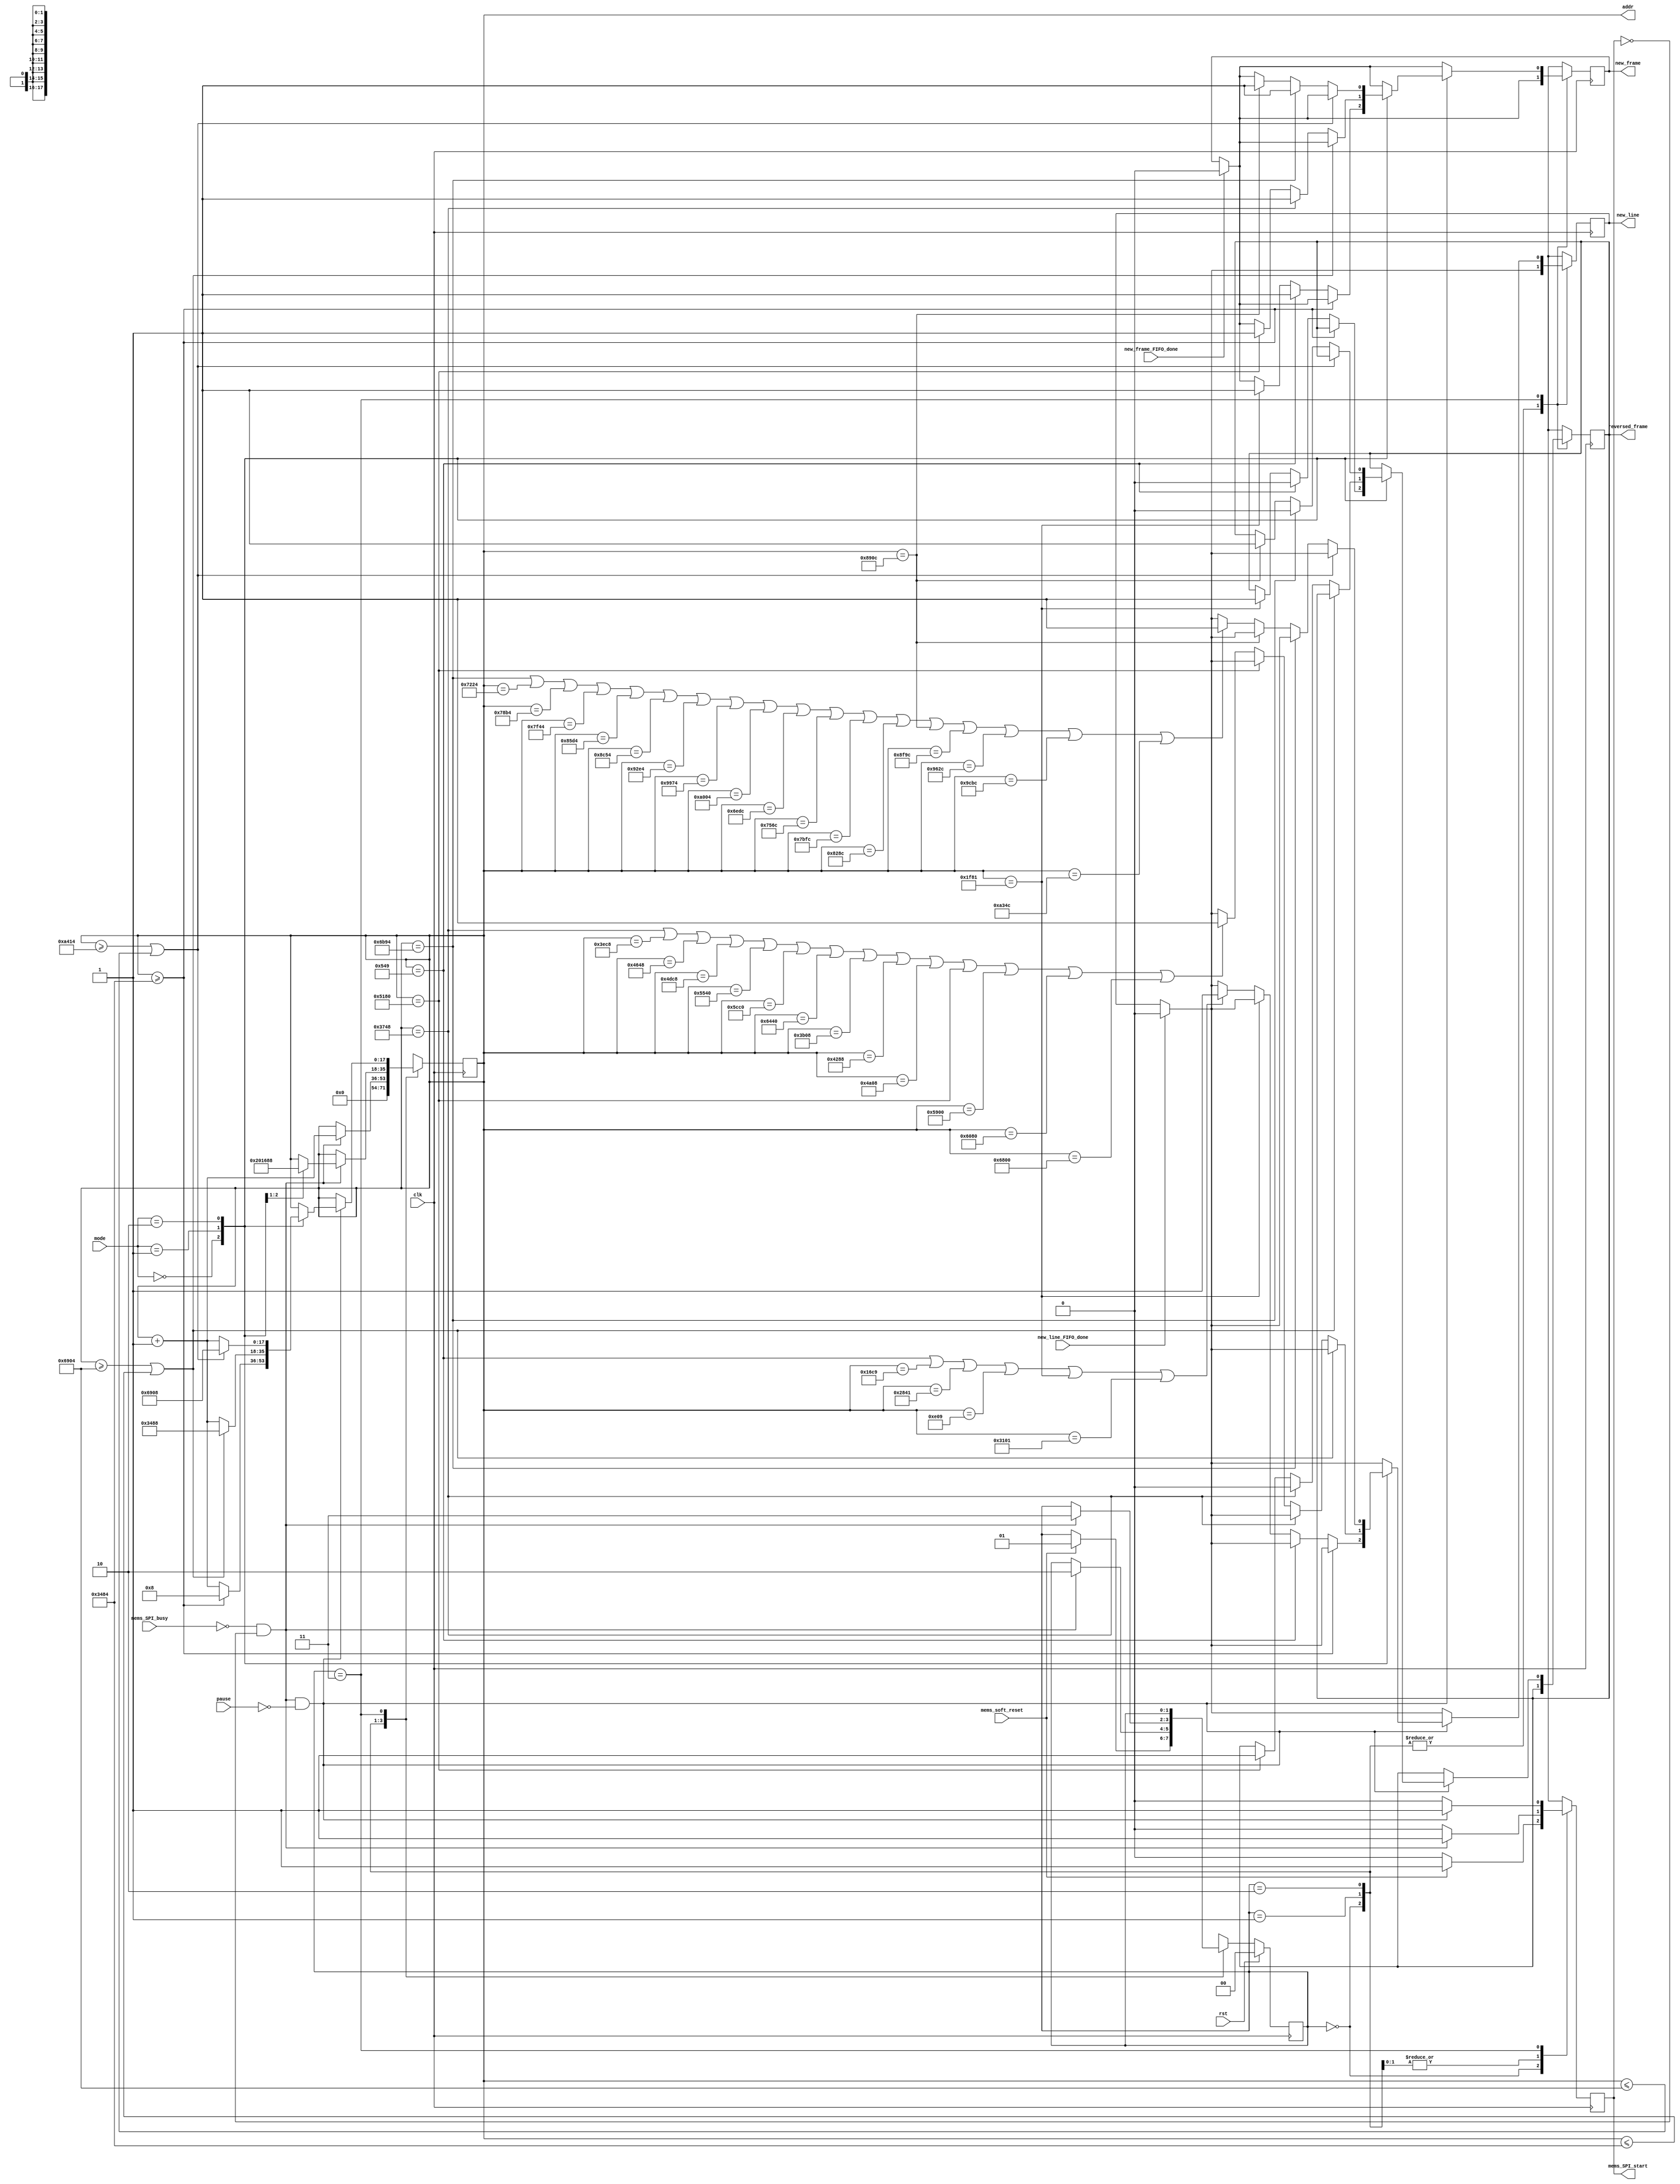
module mems_control_8 (
    // INPUT
    input clk,
    input rst,
    input [1:0] mode,
    // input exit,
    input pause,
    input mems_SPI_busy,
    input mems_soft_reset,
    input new_line_FIFO_done,
    input new_frame_FIFO_done,

    // OUTPUT
    output mems_SPI_start,
    output new_line,
    output new_frame,
    output reversed_frame,
    output [17:0] addr
  );
  
  reg new_line_d, new_line_q;//=1'b0;
  reg new_frame_d, new_frame_q;//=1'b0;
  
  assign mems_SPI_start=mems_SPI_start_q;

  assign new_line = new_line_q;
  assign new_frame = new_frame_q;
  assign reversed_frame = reversed_frame_q;

  assign addr = addr_q;
  
  localparam STATE_SIZE = 2;
  localparam IDLE = 2'd0,
    SOFTWARE_RESET = 2'd1,
    VREF_SETUP = 2'd2,
    SET_CHANNEL = 2'd3;
 
  reg [STATE_SIZE-1:0] state_d, state_q;
  reg [17:0] addr_d, addr_q;
  reg mems_SPI_start_d, mems_SPI_start_q; 
  reg reversed_frame_d,reversed_frame_q;

  always @(*) begin

    if (new_line_FIFO_done==1'b1) begin
      new_line_d=1'b0; // latch here is not fine (if at the same time 2 modules -> problem)
    end else begin
      new_line_d = new_line_q;
    end

    if (new_frame_FIFO_done==1'b1) begin
      new_frame_d=1'b0; // latch here is not fine
    end else begin
      new_frame_d = new_frame_q;
    end

    reversed_frame_d=reversed_frame_q;
    state_d = state_q; // default values
    addr_d = addr_q;   // needed to prevent latches
    // play_d = play_q;

    case (state_q)
      IDLE: begin
        addr_d = 4'b0;
        mems_SPI_start_d=1'b0;
        if (mems_soft_reset==1'b1) begin
          state_d = SOFTWARE_RESET;
          mems_SPI_start_d=1'b1;
        end
      end // IDLE
      SOFTWARE_RESET: begin
        mems_SPI_start_d=1'b0;
        if (!mems_SPI_busy && mems_SPI_start_q == 1'b0) begin 
          addr_d=addr_q+1'b1;
          state_d = VREF_SETUP;
          mems_SPI_start_d = 1'b1;
        end
      end // SOFTWARE_RESET
      VREF_SETUP: begin // we have problem with DAC, change its ref voltage from external to internal and vice versa -> have to send command for external one all time.
        mems_SPI_start_d=1'b0;
        if (!mems_SPI_busy && mems_SPI_start_q == 1'b0) begin 

          case (mode)
            2'd0: begin
              addr_d = 17'd8;//addr_q + 1'b1; // will be 2 in SET_CHANNEL
              end
            2'd1: begin
              addr_d=17'd5768;
              end
            default: begin 
              end

          endcase // case
          

          state_d = SET_CHANNEL;
          mems_SPI_start_d = 1'b1;
        end // new data
      end // VREF_SETUP
      SET_CHANNEL: begin


                mems_SPI_start_d = 1'b0;
                if ((!mems_SPI_busy && mems_SPI_start_q == 1'b0) && pause==1'b0) begin 



                    mems_SPI_start_d = 1'b1;    



                    case (mode)
                        // mode 1
                        2'd0: begin

                          if (addr_q>=18'd13444) begin // 75524 fro 59x160 //37444 for 39x120 // 74884 for 39x240
                            addr_d = 17'd8;  
                          end else begin
                        
                        
                            if (addr_q == 17'd1353) begin
                              new_frame_d = 1'b1;
                              reversed_frame_d=1'b0;
                            end else if (addr_q == 17'd8065) begin
                              new_frame_d = 1'b1;
                              reversed_frame_d=1'b1;
                            end else
                            


if (addr_q == 18'd1353 || addr_q == 18'd5833 || addr_q == 18'd10305 || addr_q == 18'd3593 || addr_q == 18'd8065 || addr_q==18'd12545) begin

                      new_line_d=1'b1;
                              end 

                              addr_d = addr_q+1'b1;

                          end // if end is reached
                        end // mode 1


















                        // mode_2
                        2'd1: begin

                          if (addr_q>=18'd26884 || addr_q<=18'd13444) begin //75524 fro 59x160 //37444 for 39x120 // 74884 for 39x240
                            addr_d = 17'd13448;  
                          end else begin
                        
                            if (addr_q == 17'd14152) begin
                              new_frame_d = 1'b1;
                              reversed_frame_d=1'b0;
                            end else if (addr_q == 17'd20864) begin
                              new_frame_d = 1'b1;
                              reversed_frame_d=1'b1;
                            end else
                            


                            

if (addr_q == 18'd14152 || addr_q == 18'd16072 || addr_q == 18'd17992 || addr_q == 18'd19912 || addr_q == 18'd21824 || addr_q == 18'd23744 || addr_q == 18'd25664 || addr_q == 18'd15112 || addr_q == 18'd17032 || addr_q == 18'd18952 || addr_q == 18'd20864 || addr_q == 18'd22784 || addr_q == 18'd24704 || addr_q==18'd26624) begin

                        new_line_d=1'b1;
                            end 

                            addr_d = addr_q+1'b1;


                          end // if end is reached

                        end // mode_2





















// for 10 lines

        2'd2: begin


                          if (addr_q>=18'd42004 || addr_q<=18'd26884) begin //75524 fro 59x160 //37444 for 39x120 // 74884 for 39x240
                            addr_d = 17'd26888;  
                          end else begin
                        
                              
                            if (addr_q == 17'd27540) begin
                              new_frame_d = 1'b1;
                              reversed_frame_d=1'b0;
                            end else if (addr_q == 17'd35084) begin
                              new_frame_d = 1'b1;
                              reversed_frame_d=1'b1;
                            end else

                            
if (addr_q == 18'd27540 || addr_q == 18'd29220 || addr_q == 18'd30900 || addr_q == 18'd32580 || addr_q == 18'd34260 || addr_q == 18'd35924 || addr_q == 18'd37604 || addr_q == 18'd39284 || addr_q == 18'd40964 || addr_q == 18'd28380 || addr_q == 18'd30060 || addr_q == 18'd31740 || addr_q == 18'd33420 || addr_q == 18'd35084 || addr_q == 18'd36764 || addr_q == 18'd38444 || addr_q == 18'd40124 || addr_q==18'd41804) begin
                                  new_line_d=1'b1;
                            end 

                            addr_d = addr_q+1'b1;
                          end // if end is reached


// for HR
//         2'd2: begin


//                           if (addr_q>=18'd124316 || addr_q<=18'd26884) begin //75524 fro 59x160 //37444 for 39x120 // 74884 for 39x240
//                             addr_d = 17'd26888;  
//                           end else begin
                        
                              
//                             if (addr_q == 17'd27941) begin
//                               new_frame_d = 1'b1;
//                               reversed_frame_d=1'b0;
//                             end else if (addr_q == 17'd76653) begin
//                               new_frame_d = 1'b1;
//                               reversed_frame_d=1'b1;
//                             end else


// if (addr_q == 18'd27941 || addr_q == 18'd31301 || addr_q == 18'd34661 || addr_q == 18'd38021 || addr_q == 18'd41381 || addr_q == 18'd44741 || addr_q == 18'd48101 || addr_q == 18'd51461 || addr_q == 18'd54821 || addr_q == 18'd58181 || addr_q == 18'd61541 || addr_q == 18'd64901 || addr_q == 18'd68261 || addr_q == 18'd71621 || addr_q == 18'd74981 || addr_q == 18'd78333 || addr_q == 18'd81693 || addr_q == 18'd85053 || addr_q == 18'd88413 || addr_q == 18'd91773 || addr_q == 18'd95133 || addr_q == 18'd98493 || addr_q == 18'd101853 || addr_q == 18'd105213 || addr_q == 18'd108573 || addr_q == 18'd111933 || addr_q == 18'd115293 || addr_q == 18'd118653 || addr_q == 18'd122013 || addr_q == 18'd29621 || addr_q == 18'd32981 || addr_q == 18'd36341 || addr_q == 18'd39701 || addr_q == 18'd43061 || addr_q == 18'd46421 || addr_q == 18'd49781 || addr_q == 18'd53141 || addr_q == 18'd56501 || addr_q == 18'd59861 || addr_q == 18'd63221 || addr_q == 18'd66581 || addr_q == 18'd69941 || addr_q == 18'd73301 || addr_q == 18'd76653 || addr_q == 18'd80013 || addr_q == 18'd83373 || addr_q == 18'd86733 || addr_q == 18'd90093 || addr_q == 18'd93453 || addr_q == 18'd96813 || addr_q == 18'd100173 || addr_q == 18'd103533 || addr_q == 18'd106893 || addr_q == 18'd110253 || addr_q == 18'd113613 || addr_q == 18'd116973 || addr_q == 18'd120333 || addr_q==18'd123693) begin


//                       new_line_d=1'b1;
//                             end 

//                             addr_d = addr_q+1'b1;
//                           end // if end is reached













                        end // mode_2



                    endcase // case



                    // end // if end is reached





                end // new data
      end // SET_CHANNEL

      default: state_d = IDLE;
    endcase
  end // always
 



  always @(posedge clk) begin
    if (rst) begin
      state_q <= IDLE;
    end else begin
      state_q <= state_d;
    end

    new_line_q <= new_line_d; 
    
    new_frame_q <= new_frame_d; 
    reversed_frame_q <= reversed_frame_d;
    mems_SPI_start_q <= mems_SPI_start_d;
    addr_q <= addr_d;
  end
 
endmodule